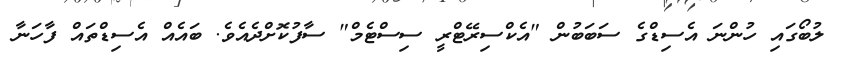
ލުބޯގައި ހުންނަ އެސިޑްގެ ސަބަބުން "އެކްސިރޭޓްރީ ސިސްޓެމް" ސާފުކޮށްދެއެވެ. ބައެއް އެސިޑްތައް ފާހަނާ